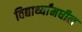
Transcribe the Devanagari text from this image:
विद्यार्थ्यांमधील